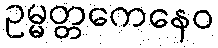
ဥမ္မတ္တကေနေဝ